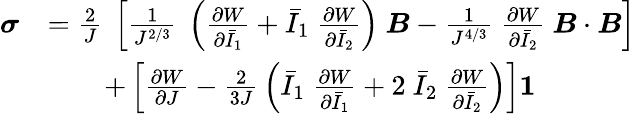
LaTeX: {\begin{array}{rl}{{\boldsymbol{\sigma}}}&{={\frac{2}{J}}~\left[{\frac{1}{J^{2/3}}}~\left({\frac{\partial W}{\partial{\bar{I}}_{1}}}+{\bar{I}}_{1}~{\frac{\partial W}{\partial{\bar{I}}_{2}}}\right)~{\boldsymbol{B}}-{\frac{1}{J^{4/3}}}~{\frac{\partial W}{\partial{\bar{I}}_{2}}}~{\boldsymbol{B}}\cdot{\boldsymbol{B}}\right]}\\ &{\qquad+\left[{\frac{\partial W}{\partial J}}-{\frac{2}{3J}}\left({\bar{I}}_{1}~{\frac{\partial W}{\partial{\bar{I}}_{1}}}+2~{\bar{I}}_{2}~{\frac{\partial W}{\partial{\bar{I}}_{2}}}\right)\right]{\boldsymbol{\mathit{1}}}}\end{array}}